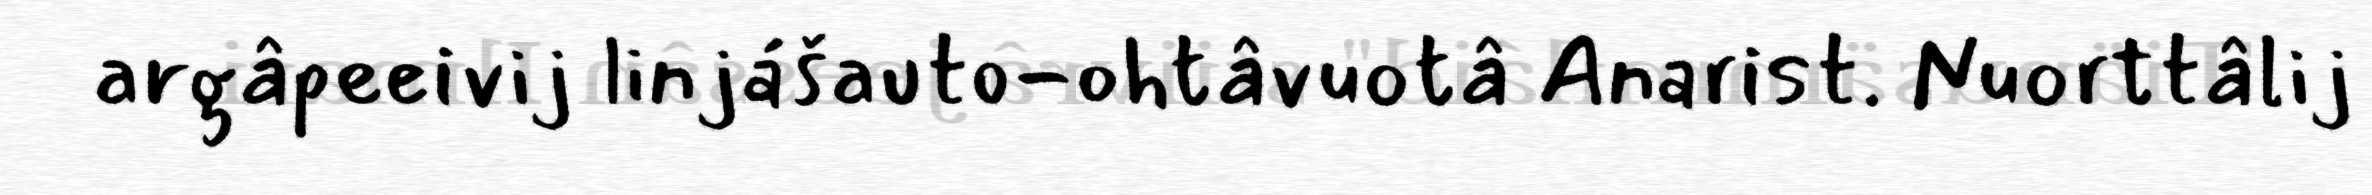
argâpeeivij linjášauto-ohtâvuotâ Anarist. Nuorttâlij